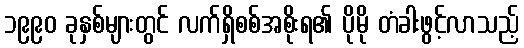
၁၉၉၀ ခုနှစ်များတွင် လက်ရှိစစ်အစိုးရ၏ ပိုမို တံခါးဖွင့်လာသည့်